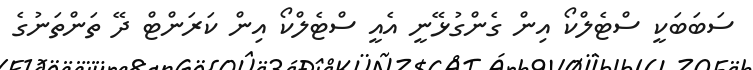
ސަބަބަކީ ސްޓެލްކޯ އިން ގެންގުޅޭނީ އެއީ ސްޓެލްކޯ އިން ކަރަންޓް ދޭ ތަންތަނުގެ